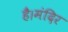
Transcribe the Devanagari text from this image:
है।मंदिर